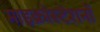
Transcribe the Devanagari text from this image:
माइक्रोस्टेशनों